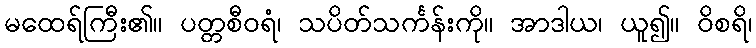
မထေရ်ကြီး၏။ ပတ္တစီဝရံ၊ သပိတ်သင်္ကန်းကို။ အာဒါယ၊ ယူ၍။ ဝိစရိ၊